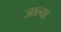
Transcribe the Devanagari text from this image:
जाल्या